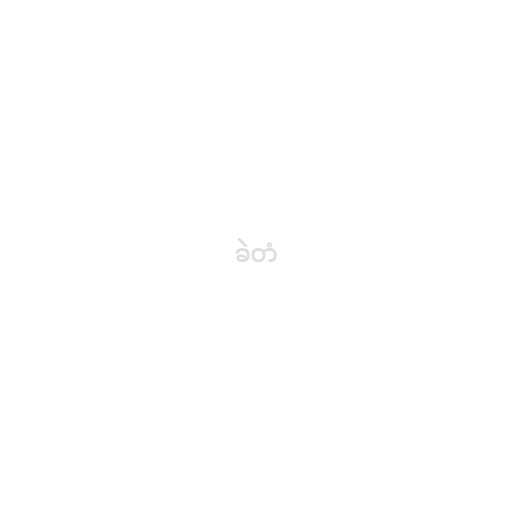
ခဲတံ